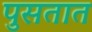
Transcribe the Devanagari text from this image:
पुसतात